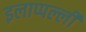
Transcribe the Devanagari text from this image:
इलाप्पल्ली